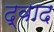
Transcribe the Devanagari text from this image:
द्वाद